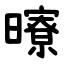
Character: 曢